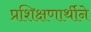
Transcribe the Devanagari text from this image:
प्रशिक्षणार्थीने